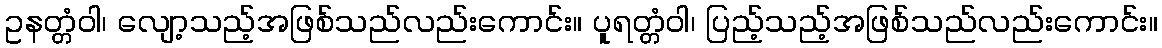
ဥနတ္တံဝါ၊ လျော့သည့်အဖြစ်သည်လည်းကောင်း။ ပူရတ္တံဝါ၊ ပြည့်သည့်အဖြစ်သည်လည်းကောင်း။